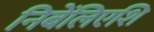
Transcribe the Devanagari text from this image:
निबेंलिएशि